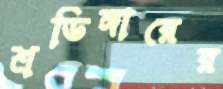
শ্রডিঙ্গারের